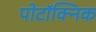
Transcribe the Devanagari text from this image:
पोटॉक्निक